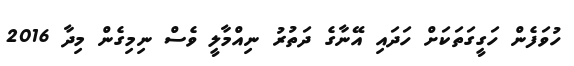
ހުވަފެން ހަގީގަތަކަށް ހަދައި އޭނާގެ ދަތުރު ނިއްމާލީ ވެސް ނިމިގެން މިދާ 2016